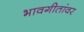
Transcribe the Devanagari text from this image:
भावगीतांवर